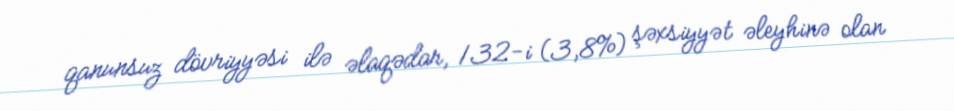
qanunsuz dövriyyəsi ilə əlaqədar, 132-i (3,8%) şəxsiyyət əleyhinə olan